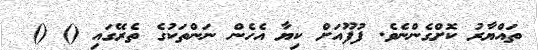
ތައްޔާރު ކޮށްގެންނެވެ. ފުފޫއަށް ކިޔާ އެހެން ނަންތަކުގެ ތެރޭގައި () ()